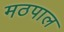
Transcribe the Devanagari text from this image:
मठपाल